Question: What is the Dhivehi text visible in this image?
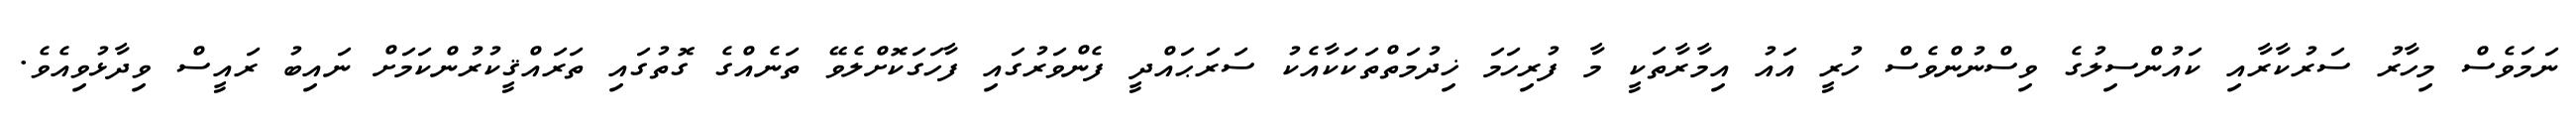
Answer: ނަމަވެސް މިހާރު ސަރުކާރާއި ކައުންސިލުގެ ވިސްނުންވެސް ހުރީ އައު އިމާރާތަކީ މާ ފުރިހަމަ ޚިދުމަތްތަކަކާއެކު ސަރަޙައްދީ ފެންވަރުގައި ފާހަގަކޮށްލެވޭ ތަނެއްގެ ގޮތުގައި ތަރައްޤީކުރުންކަމަށް ނައިބު ރައީސް ވިދާޅުވިއެވެ.